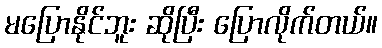
မပြောနိုင်ဘူး ဆိုပြီး ပြောလိုက်တယ်။